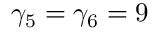
\gamma _ { 5 } = \gamma _ { 6 } = 9